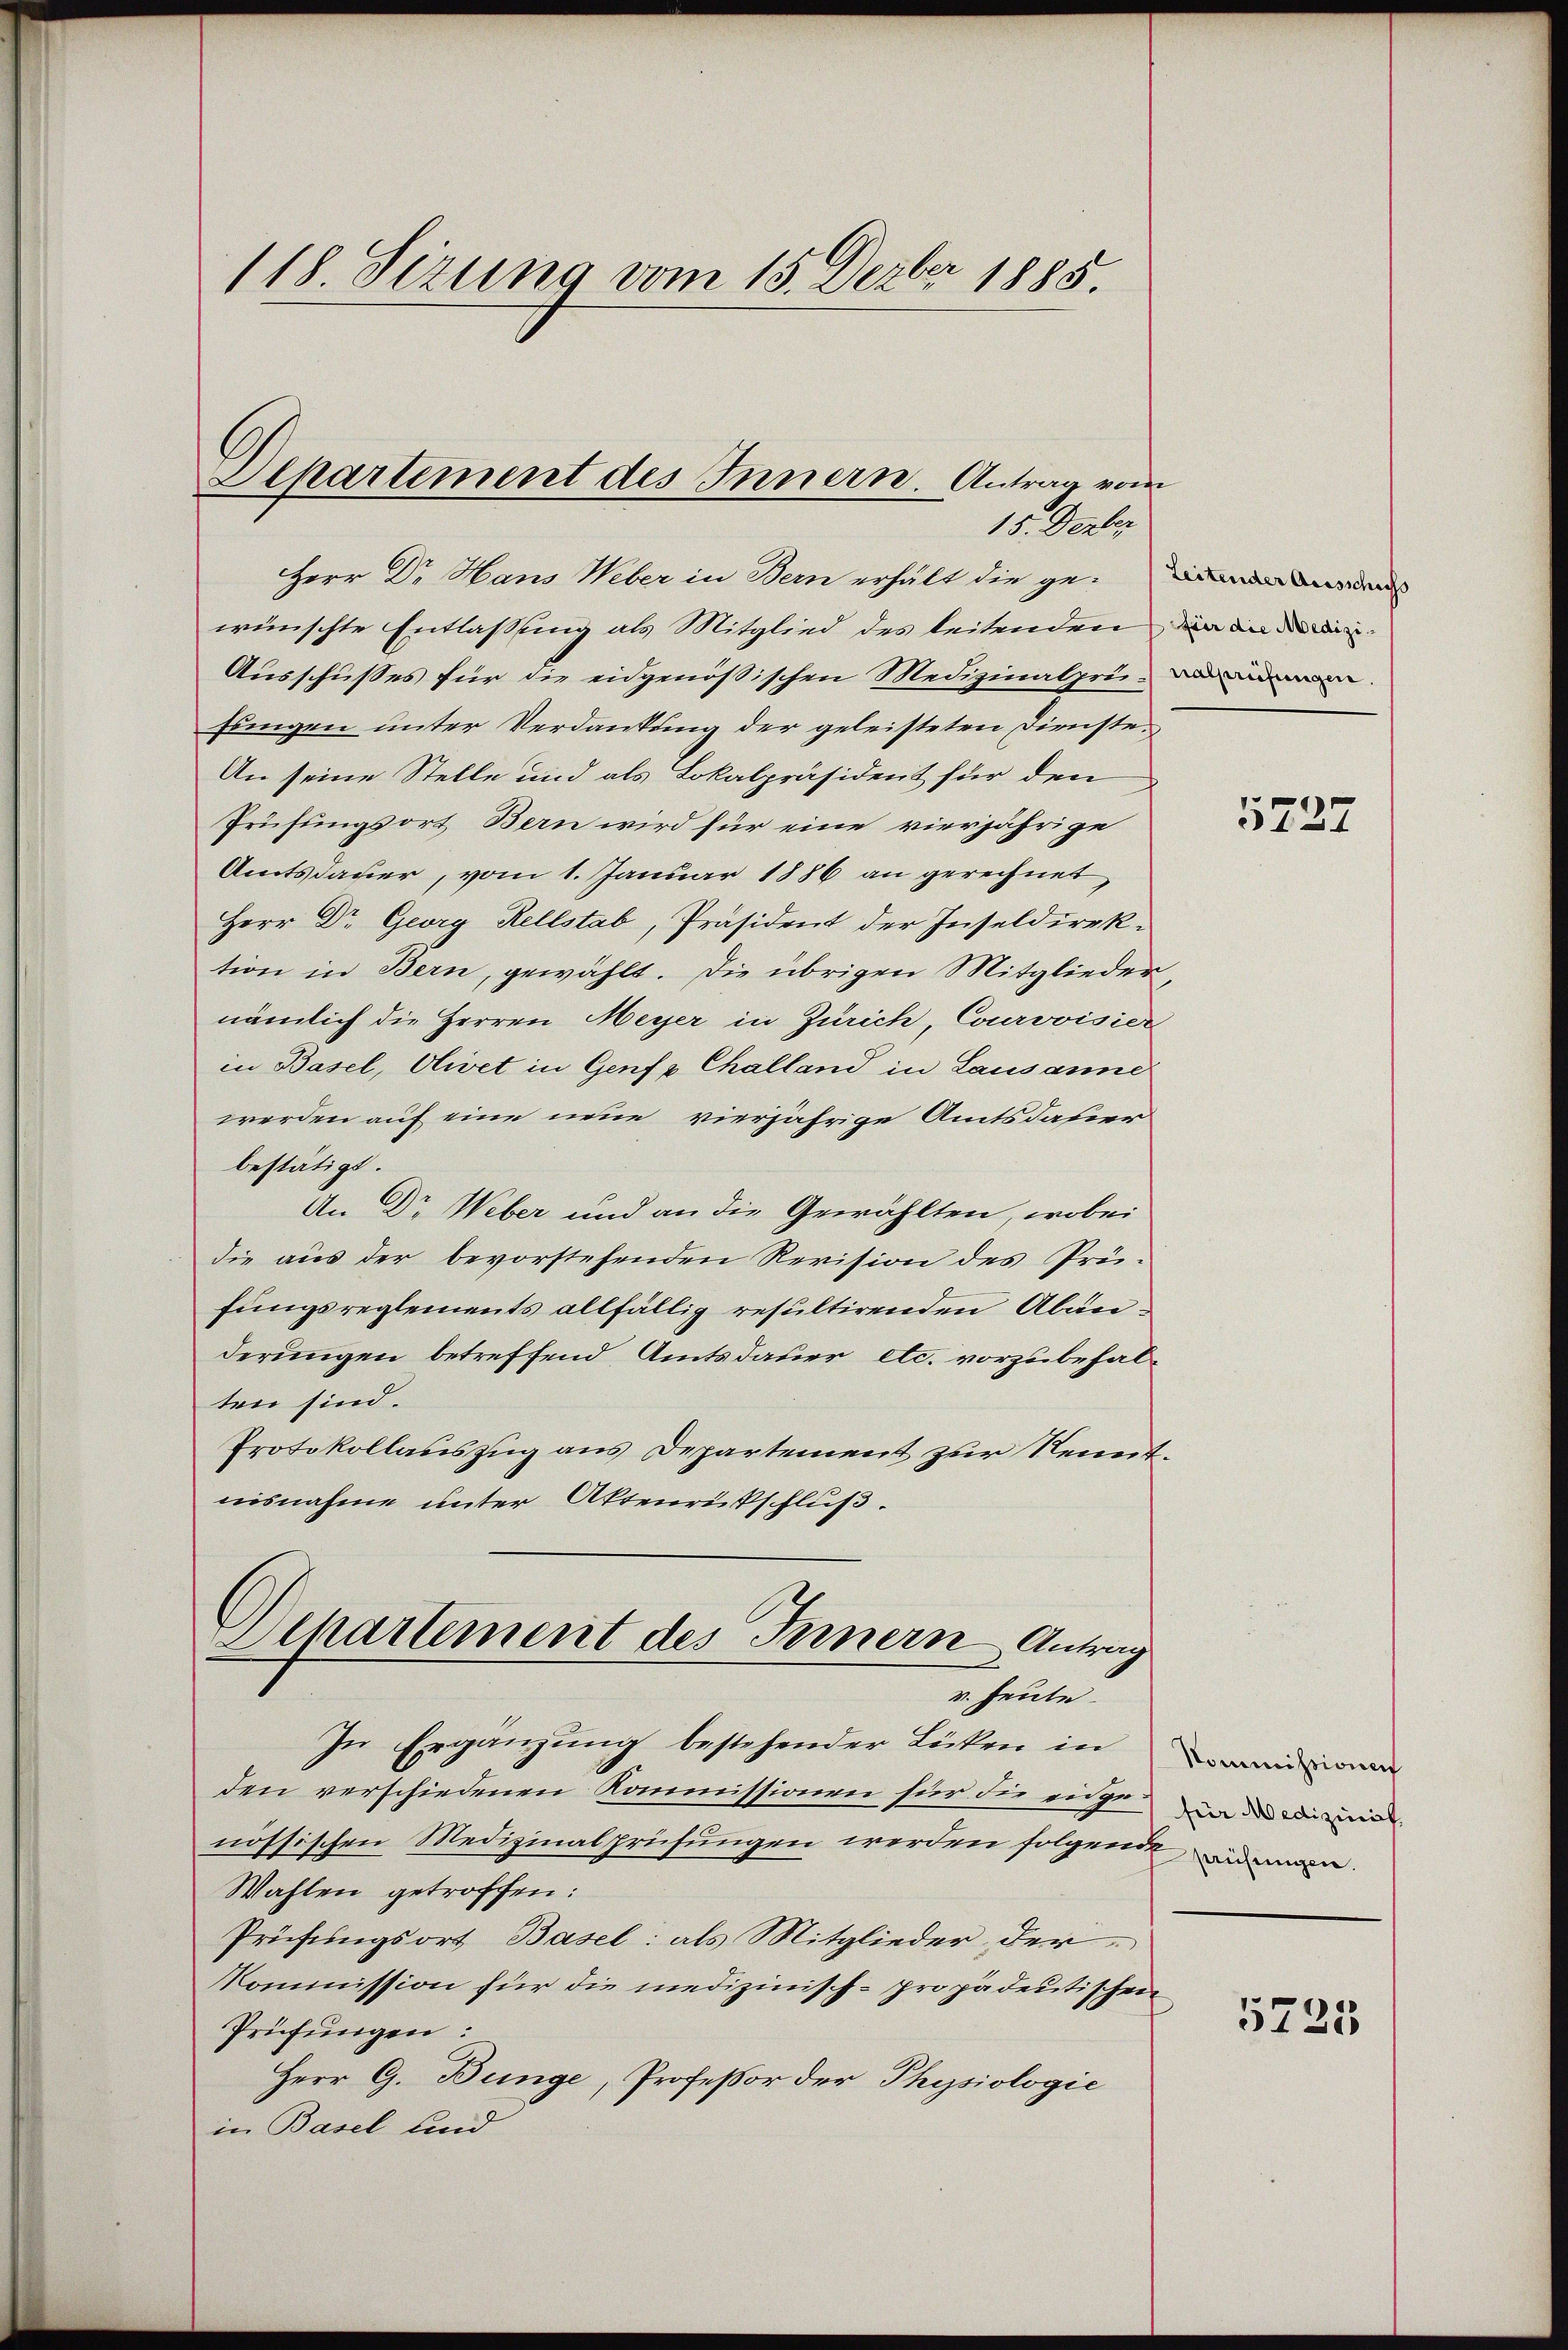
118. Sizung vom 15. Dezbr 1885.

Departement des Innern. Antrag vom
15. Derber

Herr Dr. Hans Weber in Bern erhält die ge-
wünschte Entlassung als Mitglied des leitenden, die an den
Ausschusses für die eidgenößischen Medizinalprimin
fungen unter Verdankung der geleisteten Dienste¬
An seine Stelle und als Lokalpräsident für den
Prüfungsort Bern wird für eine vierjährige
Amtsdauer, vom 1. Januar 1886 an gerechnet,
Herr Dr. Georg Rellstab, Präsident der Inseldirektion in Bern, gewählt. Die übrigen Mitglieder
nämlich die Herren Meyer in Zürich, Courvoisier
in Basel, Olivet in Genf v. Challand in Lausanne
werden auf eine neue vierjährige Amtsdauer
bestätigt.
An Dr Weber und an die Gewählten, wobei
die aus der bevorstehenden Revision des Prüfungsreglements allfällig resultirenden Abänderungen betreffend, Amtsdauer etc. vorzubehalten sind.
Protokollauszug aus Departement zur Kennt.
nisnahme unter Aktenrückschluß.
Departement des Fernern Antrag

v. Heute.

In Ergänzung bestehender Lücken in
den verschiedenen Kommissionen für die eidgenössischen Medizinalprüfungen werden folgende man
Wahlen getroffen:
Prüfungsort Basel: als Mitglieder der
Kommission für die medizinisch-propädeutischen
Prüfungen:
Herr G. Bunge, Profeßor der Physiologie
in Basel und

5227

Kommissionen
für Medizinist,

5725